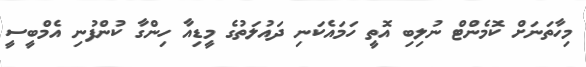
މިހާތަނަށް ކޮމެންޓް ނުލިބި އޮތީ ހަމައެކަނި ދައުލަތުގެ މީޑިއާ ހިންގާ ކުންފުނި އެމްބީސީ